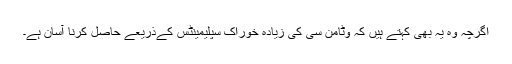
اگرچہ وہ یہ بھی کہتے ہیں کہ وٹامن سی کی زیادہ خوراک سپلیمینٹس کے‌ذریعے حاصل کرنا آسان ہے۔